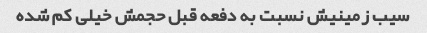
سیب زمینیش نسبت به دفعه قبل حجمش خیلی کم شده